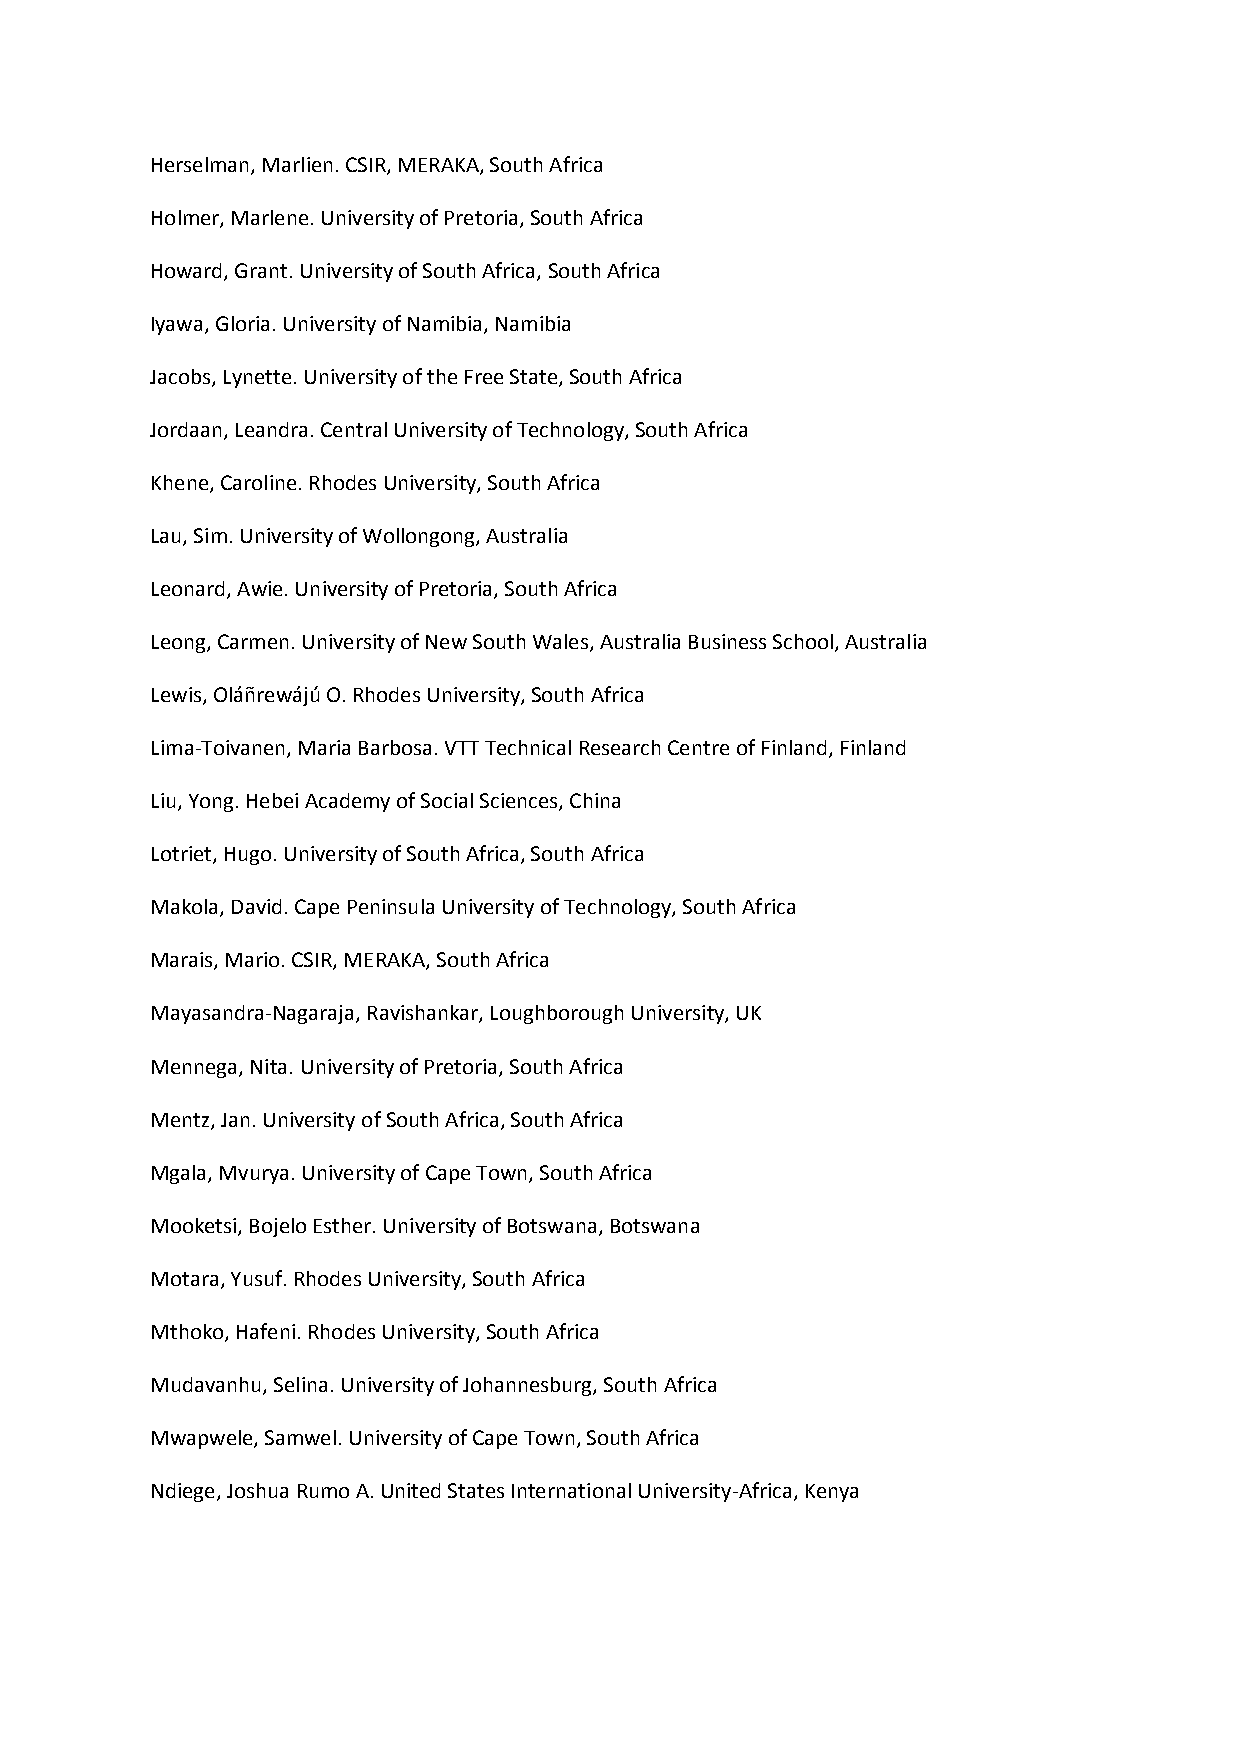
Herselman, Marlien. CSIR, MERAKA, South Africa
 Holmer, Marlene. University of Pretoria, South Africa
 Howard, Grant. University of South Africa, South Africa
 Iyawa, Gloria. University of Namibia, Namibia
 Jacobs, Lynette. University of the Free State, South Africa
 Jordaan, Leandra. Central University of Technology, South Africa
 Khene, Caroline. Rhodes University, South Africa
 Lau, Sim. University of Wollongong, Australia
 Leonard, Awie. University of Pretoria, South Africa
 Leong, Carmen. University of New South Wales, Australia Business School, Australia
 Lewis, Oláñrewájú O. Rhodes University, South Africa
 Lima-Toivanen, Maria Barbosa. VTT Technical Research Centre of Finland, Finland
 Liu, Yong. Hebei Academy of Social Sciences, China
 Lotriet, Hugo. University of South Africa, South Africa
 Makola, David. Cape Peninsula University of Technology, South Africa
 Marais, Mario. CSIR, MERAKA, South Africa
 Mayasandra-Nagaraja, Ravishankar, Loughborough University, UK
 Mennega, Nita. University of Pretoria, South Africa
 Mentz, Jan. University of South Africa, South Africa
 Mgala, Mvurya. University of Cape Town, South Africa
 Mooketsi, Bojelo Esther. University of Botswana, Botswana
 Motara, Yusuf. Rhodes University, South Africa
 Mthoko, Hafeni. Rhodes University, South Africa
 Mudavanhu, Selina. University of Johannesburg, South Africa
 Mwapwele, Samwel. University of Cape Town, South Africa
 Ndiege, Joshua Rumo A. United States International University-Africa, Kenya